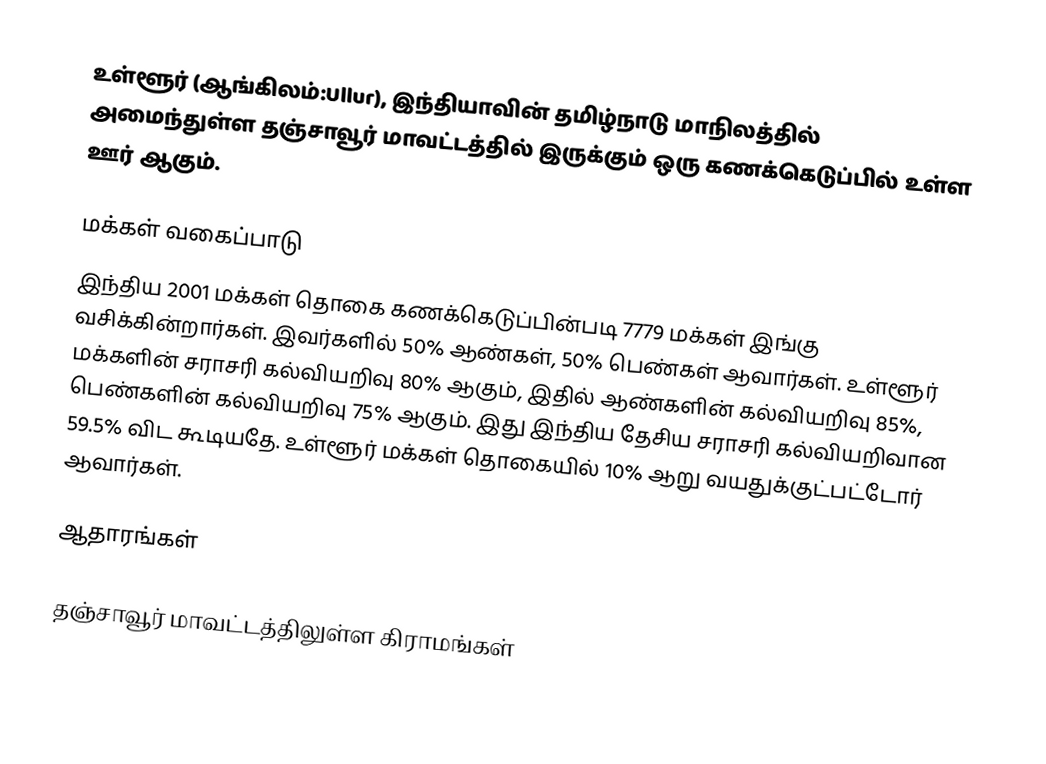
உள்ளூர் (ஆங்கிலம்:Ullur), இந்தியாவின் தமிழ்நாடு மாநிலத்தில் அமைந்துள்ள தஞ்சாவூர் மாவட்டத்தில் இருக்கும் ஒரு கணக்கெடுப்பில் உள்ள ஊர்  ஆகும்.

மக்கள் வகைப்பாடு
இந்திய 2001 மக்கள் தொகை கணக்கெடுப்பின்படி 7779 மக்கள் இங்கு வசிக்கின்றார்கள். இவர்களில் 50% ஆண்கள், 50% பெண்கள் ஆவார்கள். உள்ளூர் மக்களின் சராசரி கல்வியறிவு 80% ஆகும்,  இதில் ஆண்களின் கல்வியறிவு 85%,  பெண்களின் கல்வியறிவு 75% ஆகும். இது இந்திய தேசிய சராசரி கல்வியறிவான 59.5% விட கூடியதே. உள்ளூர் மக்கள் தொகையில் 10%  ஆறு வயதுக்குட்பட்டோர் ஆவார்கள்.

ஆதாரங்கள்

தஞ்சாவூர் மாவட்டத்திலுள்ள கிராமங்கள்